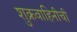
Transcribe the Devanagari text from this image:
शुक्रवाहिनीची